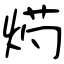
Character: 烵